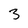
Character: 3